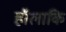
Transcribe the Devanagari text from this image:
हॉलाकि